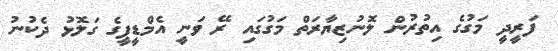
ފަރީދީ މަގުގެ އިތުރުން ލޮނުޒިޔާރަތް މަގުގައި ރޭ ވަނީ އެމްޑީޕީގެ ގަލޮޅު ދެކުނު